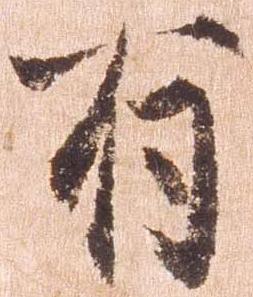
有